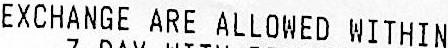
EXCHANGE ARE ALLOWED WITHIN